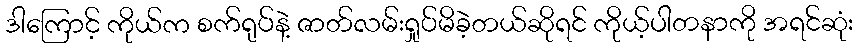
ဒါကြောင့် ကိုယ်က စက်ရုပ်နဲ့ ဇာတ်လမ်းရှုပ်မိခဲ့တယ်ဆိုရင် ကိုယ့်ပါတနာကို အရင်ဆုံး